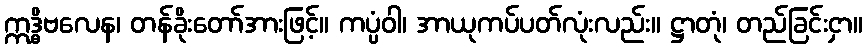
ဣဒ္ဓိဗလေန၊ တန်ခိုးတော်အားဖြင့်။ ကပ္ပံဝါ၊ အာယုကပ်ပတ်လုံးလည်း။ ဋ္ဌာတုံ၊ တည်ခြင်းငှာ။